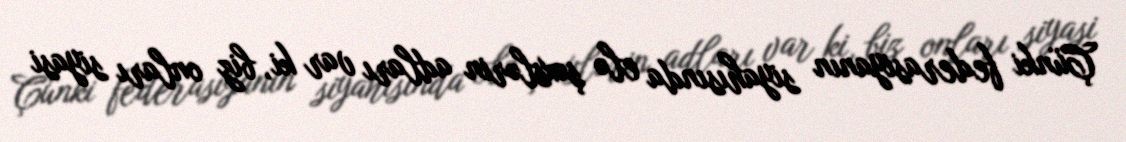
Çünki federasiyanın siyahısında elə şəxslərin adları var ki, biz onları siyasi